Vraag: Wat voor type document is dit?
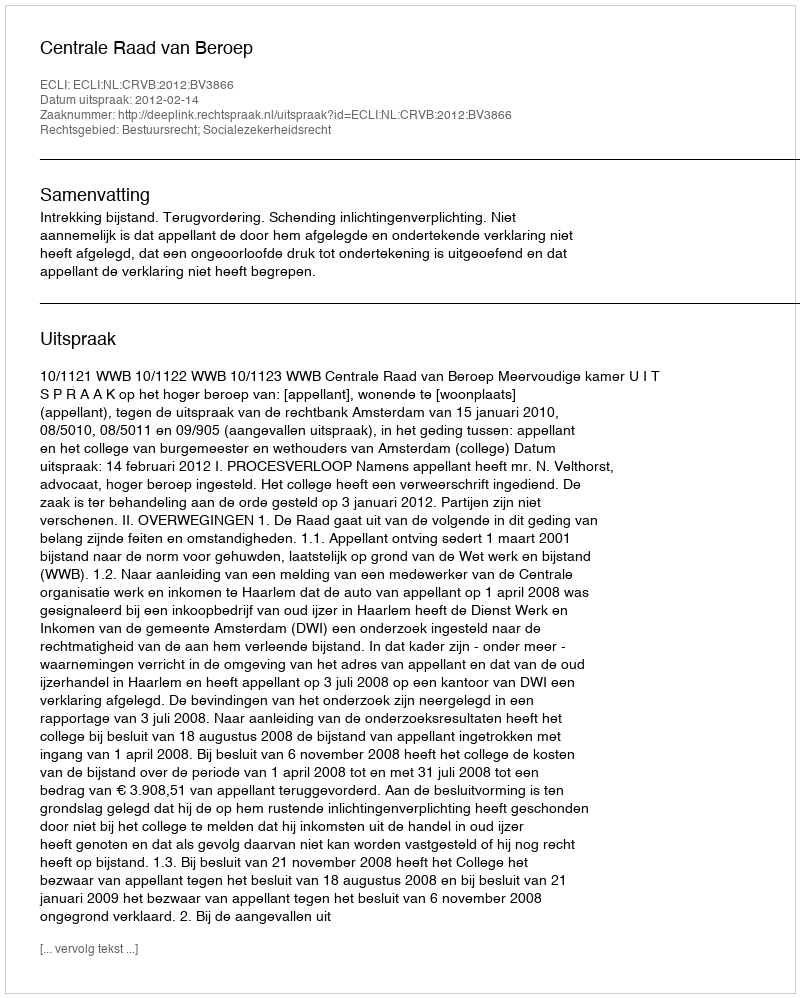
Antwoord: Uitspraak